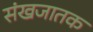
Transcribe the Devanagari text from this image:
संखजातक